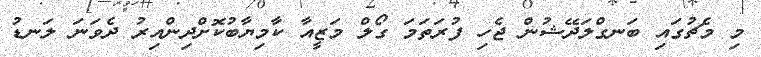
މި މެޗުގައި ބަނގްލަދޭޝުން ޖެހި ފުރަތަމަ ގޯލް މަޒީއާ ކާމިޔާބުކޮށްދިންއިރު ދެވަނަ ލަނޑު